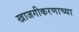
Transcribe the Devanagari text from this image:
खाजगीकरणाच्या